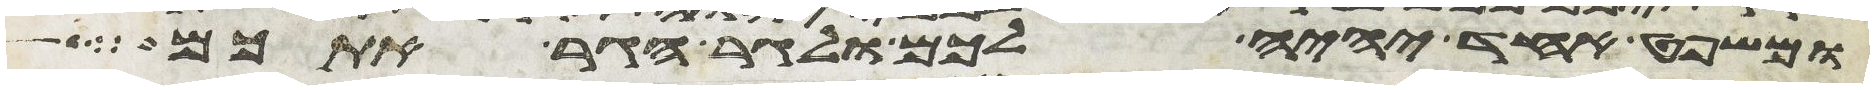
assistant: ומשפט אחד יהיה לכם ולגר הגר אתכם